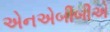
એનએબીબીએ